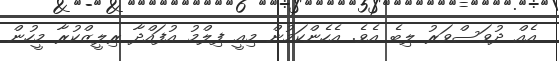
އެއް ދުވަސްވަރު ލިބެ އެވެ. އެހެންކަމުން މިއީ ފިލްމު އުފައްދާ ރިލީޒްކުރާ މީހުން